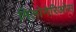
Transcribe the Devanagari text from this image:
मिलोनेरिओस